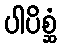
ပါပိစ္ဆံ